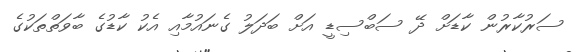
ސަރުކާރުން ކާޑަށް ދޭ ސަބްސިޑީ އަށް ބަދަލު ގެނައުމާއި އެކު ކާޑުގެ ބާވަތްތަކުގެ